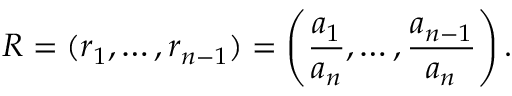
R = ( r _ { 1 } , \ldots , r _ { n - 1 } ) = \left( { \frac { a _ { 1 } } { a _ { n } } } , \ldots , { \frac { a _ { n - 1 } } { a _ { n } } } \right) .